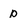
Character: p